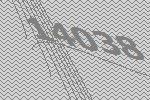
14038